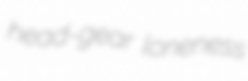
head-gear loneness